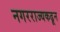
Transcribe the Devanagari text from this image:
नगरराज्यकढून